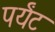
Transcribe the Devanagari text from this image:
पर्यंट